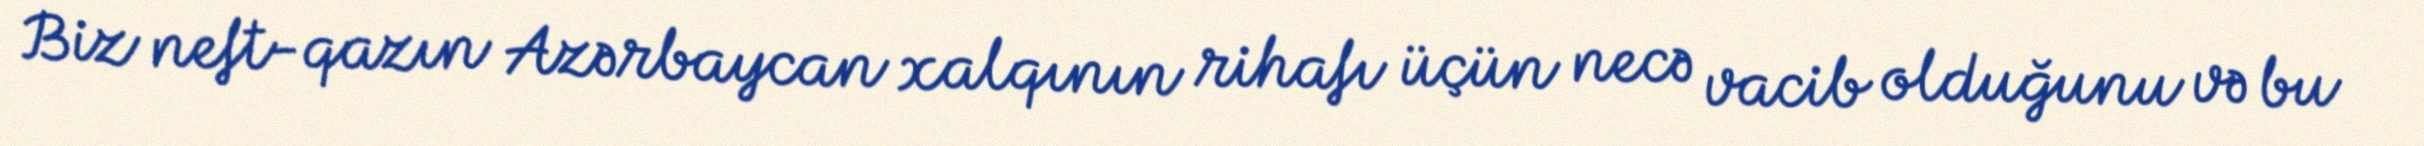
Biz neft-qazın Azərbaycan xalqının rihafı üçün necə vacib olduğunu və bu